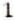
1